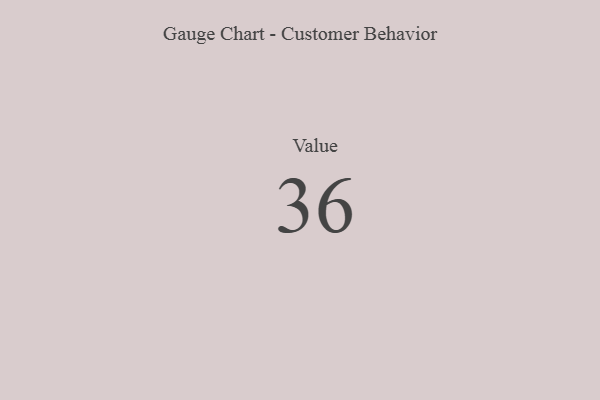
{"axis": {"x": "Metric", "y": "Value"}, "legend": [""], "data": [{"x": "Value", "y": 36, "type": ""}]}